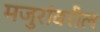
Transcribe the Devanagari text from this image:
मजुरांवरील